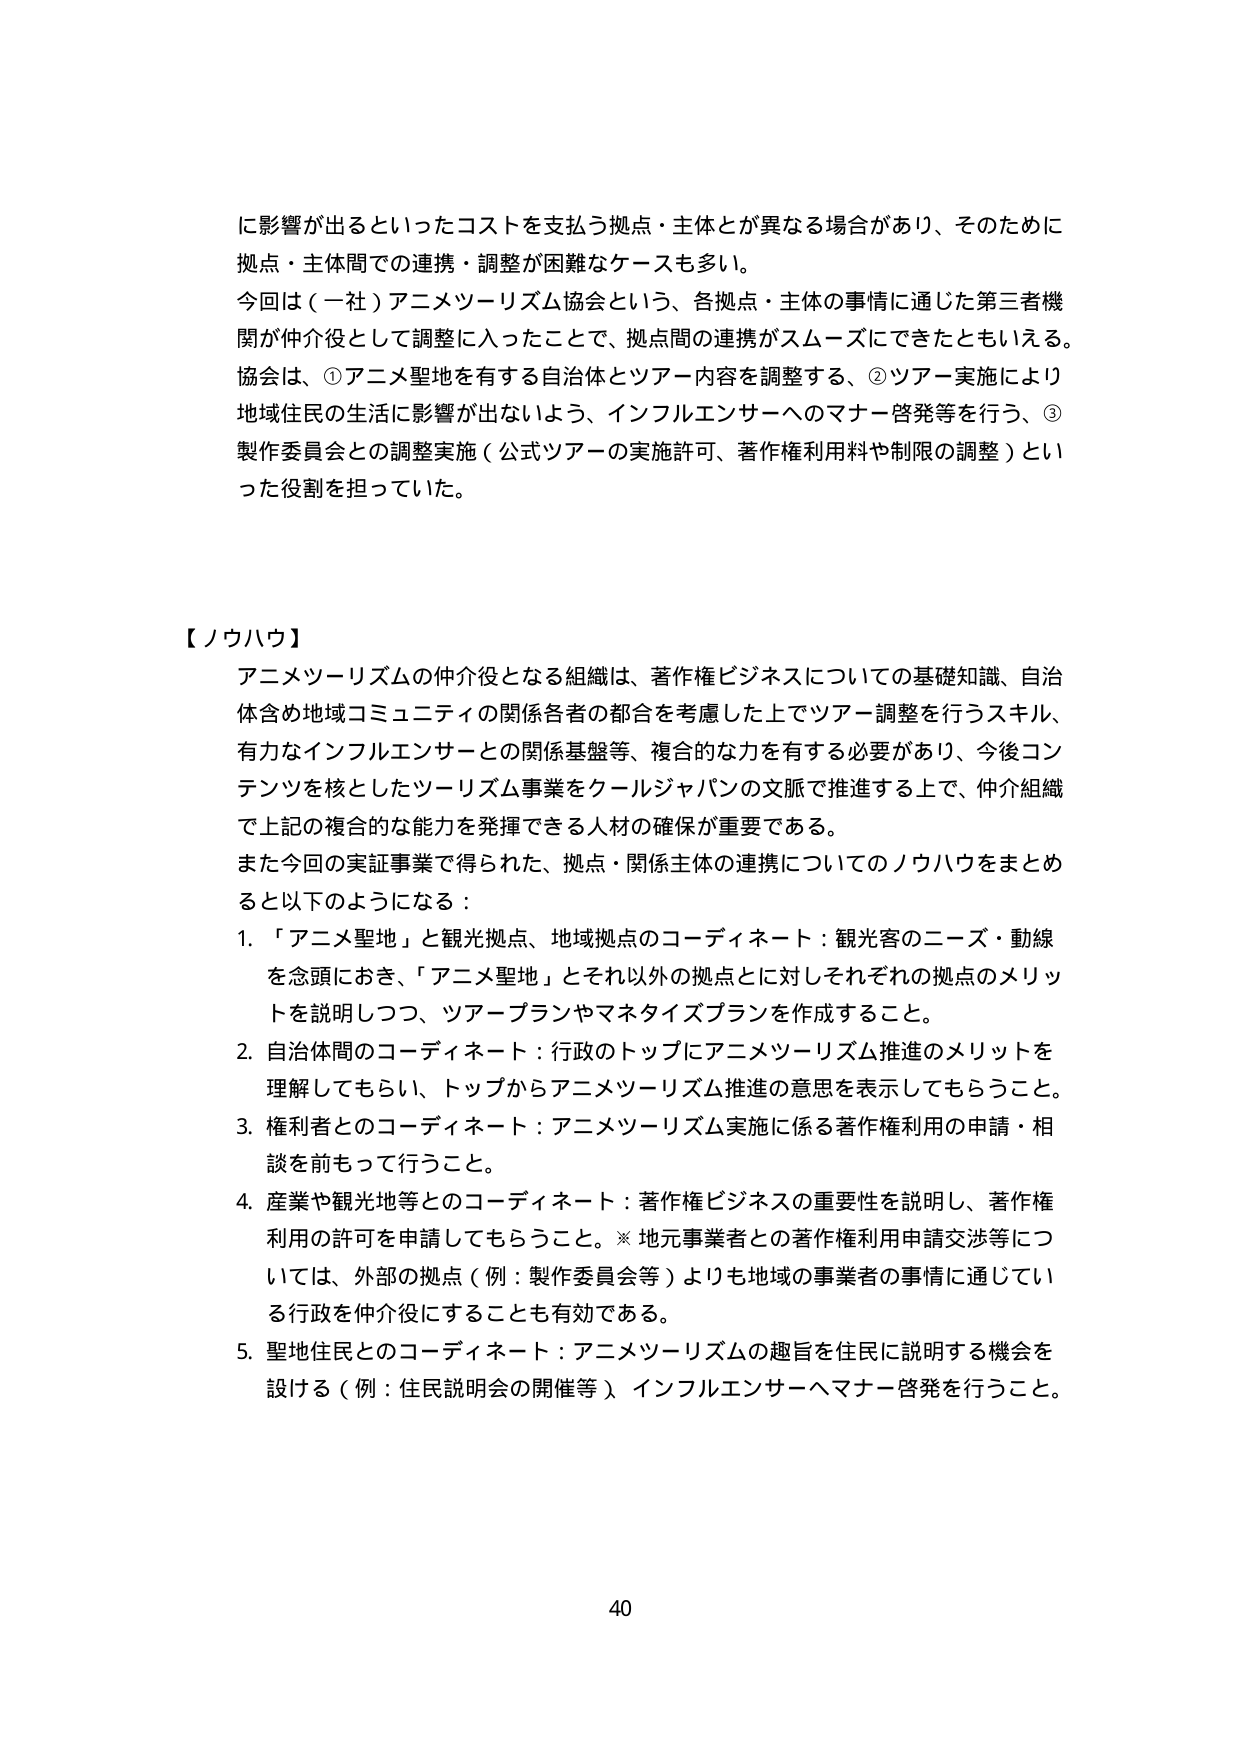
に影響が出るといったコストを支払う拠点・主体とが異なる場合があり、そのために
拠点・主体間での連携・調整が困難なケースも多い。
今回は（一社）アニメツーリズム協会という、各拠点・主体の事情に通じた第三者機
関が仲介役として調整に入ったことで、拠点間の連携がスムーズにできたともいえる。
協会は、①アニメ聖地を有する自治体とツアー内容を調整する、②ツアー実施により
地域住民の生活に影響が出ないよう、インフルエンサーへのマナー啓発等を行う、③
製作委員会との調整実施（公式ツアーの実施許可、著作権利用料や制限の調整）とい
った役割を担っていた。

【ノウハウ】
アニメツーリズムの仲介役となる組織は、著作権ビジネスについての基礎知識、自治
体含め地域コミュニティの関係各者の都合を考慮した上でツアー調整を行うスキル、
有力なインフルエンサーとの関係基盤等、複合的な力を有する必要があり、今後コン
テンツを核としたツーリズム事業をクールジャパンの文脈で推進する上で、仲介組織
で上記の複合的な能力を発揮できる人材の確保が重要である。
また今回の実証事業で得られた、拠点・関係主体の連携についてのノウハウをまとめ
ると以下のようになる：
1. 「アニメ聖地」と観光拠点、地域拠点のコーディネート：観光客のニーズ・動線
を念頭におき、「アニメ聖地」とそれ以外の拠点とに対しそれぞれの拠点のメリッ
トを説明しつつ、ツアープランやマネタイズプランを作成すること。
2. 自治体間のコーディネート：行政のトップにアニメツーリズム推進のメリットを
理解してもらい、トップからアニメツーリズム推進の意思を表示してもらうこと。
3. 権利者とのコーディネート：アニメツーリズム実施に係る著作権利用の申請・相
談を前もって行うこと。
4. 産業や観光地等とのコーディネート：著作権ビジネスの重要性を説明し、著作権
利用の許可を申請してもらうこと。※ 地元事業者との著作権利用申請交渉等につ
いては、外部の拠点（例：製作委員会等）よりも地域の事業者の事情に通じてい
る行政を仲介役にすることも有効である。
5. 聖地住民とのコーディネート：アニメツーリズムの趣旨を住民に説明する機会を
設ける（例：住民説明会の開催等）、インフルエンサーへマナー啓発を行うこと。

40